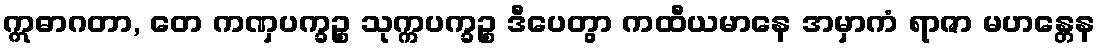
ဣဓာဂတာ, တေ ကဏှပက္ခဉ္စ သုက္ကပက္ခဉ္စ ဒီပေတွာ ကထီယမာနေ အမှာကံ ရာဇာ မဟန္တေန